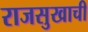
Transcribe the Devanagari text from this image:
राजसुखाची